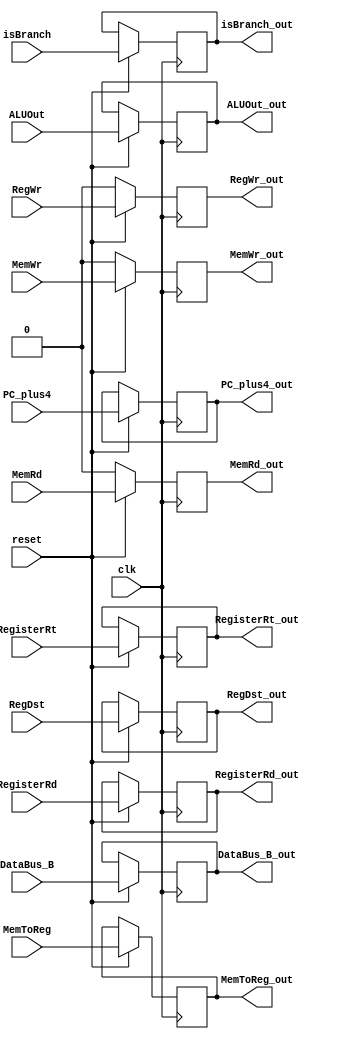
`timescale 1ns/1ps
module  EXtoMEM(
    input clk,
    input reset,
    input [31:0] PC_plus4,
    output reg [31:0]PC_plus4_out,

    // IRQ control
    input isBranch,
    output reg isBranch_out,

    // forward module
    input [4:0] RegisterRt,
    output reg [4:0] RegisterRt_out,

    // MEM
    input MemWr,
    input MemRd,
    input [31:0] DataBus_B,
    input [31:0] ALUOut,
    output reg MemWr_out,
    output reg MemRd_out,
    output reg [31:0] DataBus_B_out,
    output reg [31:0] ALUOut_out,


    // WB
    input [1:0] RegDst,
    input RegWr,
    input [1:0] MemToReg,
    input [4:0] RegisterRd,
    output reg [1:0] RegDst_out,
    output reg RegWr_out,
    output reg [1:0] MemToReg_out,
    output reg [4:0] RegisterRd_out
);
    

initial begin
    PC_plus4_out <= 0;
    RegisterRt_out <= 0;
    MemWr_out <= 0;
    MemRd_out <= 0;
    DataBus_B_out <= 0;
    ALUOut_out <= 0;
    RegDst_out <= 0;
    RegWr_out <= 0;
    MemToReg_out <= 0;
    RegisterRd_out <= 0;
    isBranch_out <= 0;
end


always@(posedge clk) begin
    if(~reset) begin
        MemWr_out <= 0;
        RegWr_out <= 0;
        MemRd_out <= 0;
    end
    else begin
        PC_plus4_out<=PC_plus4;
        RegisterRt_out<=RegisterRt;
        
        isBranch_out <= isBranch;


        // MEM
        ALUOut_out<=ALUOut;
        MemWr_out<=MemWr;
        MemRd_out<=MemRd;
        DataBus_B_out<=DataBus_B;

        // WB
        RegDst_out<=RegDst;
        RegWr_out<=RegWr;
        MemToReg_out<=MemToReg;
        RegisterRd_out<=RegisterRd;
    end
end
    
endmodule